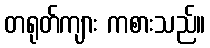
တရုတ်ကျား ကစားသည်။